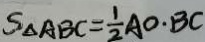
S _ { \Delta A B C } = \frac { 1 } { 2 } A O \cdot B C